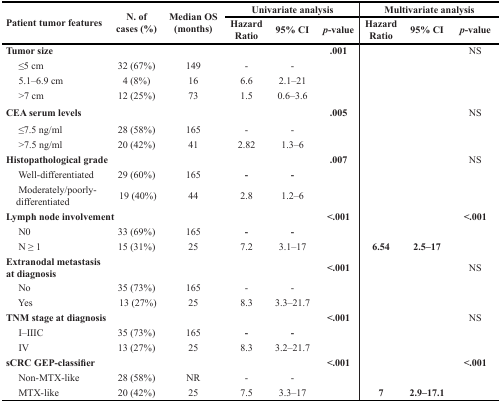
| <ROWSPAN=2> Patient tumor features | <ROWSPAN=2> N. of cases (%) | <ROWSPAN=2> Median OS (months) | <COLSPAN=3> Univariate analysis | <COLSPAN=3> Multivariate analysis |
 | Hazard Ratio | 95% CI | p-value | Hazard Ratio | 95% CI | p-value |
 | --- | --- | --- | --- | --- | --- | --- | --- | --- |
 | Tumor size |  |  |  |  | .001 |  |  | NS |
 | ≤5 cm | 32 (67%) | 149 | - | - |  |  |  |  |
 | 5.1–6.9 cm | 4 (8%) | 16 | 6.6 | 2.1–21 |  |  |  |  |
 | >7 cm | 12 (25%) | 73 | 1.5 | 0.6–3.6 |  |  |  |  |
 | CEA serum levels |  |  |  |  | .005 |  |  | NS |
 | ≤7.5 ng/ml | 28 (58%) | 165 | - | - |  |  |  |  |
 | >7.5 ng/ml | 20 (42%) | 41 | 2.82 | 1.3–6 |  |  |  |  |
 | Histopathological grade |  |  |  |  | .007 |  |  | NS |
 | Well-differentiated | 29 (60%) | 165 | - | - |  |  |  |  |
 | Moderately/poorly-differentiated | 19 (40%) | 44 | 2.8 | 1.2–6 |  |  |  |  |
 | Lymph node involvement |  |  |  |  | <.001 |  |  | <.001 |
 | N0 | 33 (69%) | 165 | - | - |  |  |  |  |
 | N ≥ 1 | 15 (31%) | 25 | 7.2 | 3.1–17 |  | 6.54 | 2.5–17 |  |
 | Extranodal metastasis at diagnosis |  |  |  |  | <.001 |  |  | NS |
 | No | 35 (73%) | 165 | - | - |  |  |  |  |
 | Yes | 13 (27%) | 25 | 8.3 | 3.3–21.7 |  |  |  |  |
 | TNM stage at diagnosis |  |  |  |  | <.001 |  |  | NS |
 | I–IIIC | 35 (73%) | 165 | - | - |  |  |  |  |
 | IV | 13 (27%) | 25 | 8.3 | 3.2–21.7 |  |  |  |  |
 | sCRC GEP-classifier |  |  |  |  | <.001 |  |  | <.001 |
 | Non-MTX-like | 28 (58%) | NR | - | - |  |  |  |  |
 | MTX-like | 20 (42%) | 25 | 7.5 | 3.3–17 |  | 7 | 2.9–17.1 |  |